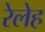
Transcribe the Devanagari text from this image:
रेलेह